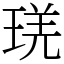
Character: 琷